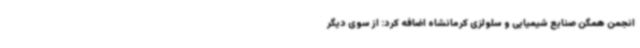
انجمن همگن صنایع شیمیایی و سلولزی کرمانشاه اضافه کرد: از سوی دیگر